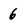
Character: 6